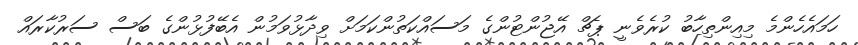
ހަމައެހެންމެ މިއިންތިހާބު ކުރެވެނީ ޕެޗް އޭޖުންޓުންގެ މަސައްކަތުންކަމަށް ވިދާޅުވަމުން އެބޭފުޅުންގެ ބަސް ސަރުކާރައް